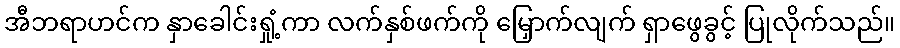
အီဘရာဟင်က နှာခေါင်းရှုံ့ကာ လက်နှစ်ဖက်ကို မြှောက်လျက် ရှာဖွေခွင့် ပြုလိုက်သည်။